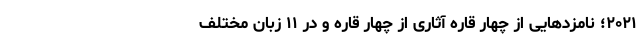
۲۰۲۱؛ نامزد‌هایی از چهار قاره آثاری از چهار قاره و در ۱۱ زبان مختلف